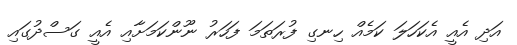
އަދި އެއީ އެކަހަލަ ކަމެއް ހިނގި ފުރަތަމަ ފަހަރު ނޫންކަމަށާއި އެއީ ގަސްދުގައި